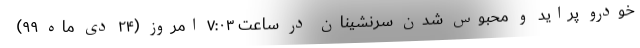
خودرو پراید و محبوس شدن سرنشینان در ساعت ۷:۰۳ امروز (۲۴ دی ماه ۹۹)